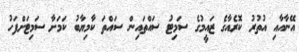
އޭނާއާއި އުތުރު ކޮރެއާގެ ޒައީމުގެ ސަމިޓު ސައްތައިން ސައްތަ ކާމިޔާބު ކަމަށާ ސަމިޓަށްފަހު